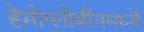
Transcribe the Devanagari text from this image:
हेमोग्लोबीनमध्ये